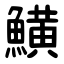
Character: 鱑